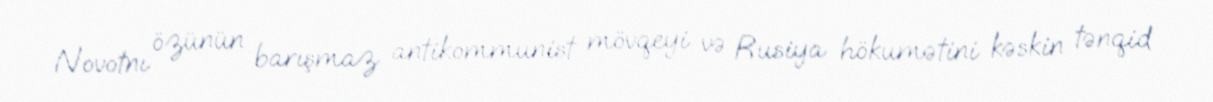
Novotnı özünün barışmaz antikommunist mövqeyi və Rusiya hökumətini kəskin tənqid